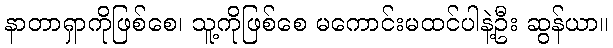
နာတာရှာကိုဖြစ်စေ၊ သူ့ကိုဖြစ်စေ မကောင်းမထင်ပါနဲ့ဦး ဆွန်ယာ။